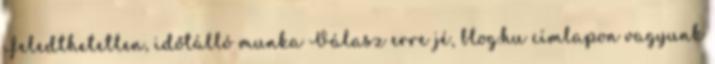
Feledthetetlen, időtálló munka Válasz erre jé, blog.hu címlapon vagyunk